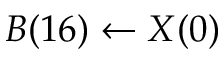
B ( 1 6 ) \leftarrow X ( 0 )